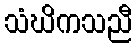
သံဃိကသညီ